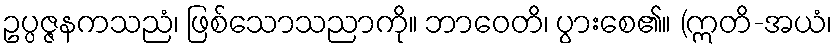
ဥပ္ပဇ္ဇနကသညံ၊ ဖြစ်သောသညာကို။ ဘာဝေတိ၊ ပွားစေ၏။ (ဣတိ-အယံ၊